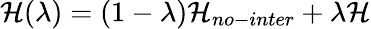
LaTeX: \mathcal{H}(\lambda)=(1-\lambda)\mathcal{H}_{no-inter}+\lambda\mathcal{H}